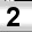
Digit: 2